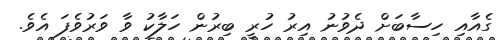
ގެއާއި ހިސާބަށް ދެވުނު އިރު ހުރީ ބިރުން ހަލާކު ވާ ވަރުވެފަ އެވެ.